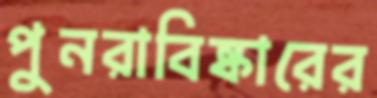
পুনরাবিষ্কারের